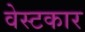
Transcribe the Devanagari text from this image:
वेस्टकार